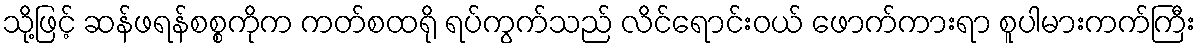
သို့ဖြင့် ဆန်ဖရန်စစ္စကိုက ကတ်စထရို ရပ်ကွက်သည် လိင်ရောင်းဝယ် ဖောက်ကားရာ စူပါမားကက်ကြီး